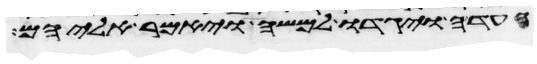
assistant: העדה ויגדו למשה ויאמר אליהם